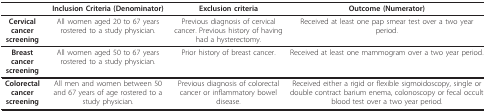
<table><thead><tr><td></td><td><b>Inclusion Criteria (Denominator)</b></td><td><b>Exclusion criteria</b></td><td><b>Outcome (Numerator)</b></td></tr></thead><tbody><tr><td><b>Cervical cancer screening</b></td><td>All women aged 20 to 67 years rostered to a study physician.</td><td>Previous diagnosis of cervical cancer. Previous history of having had a hysterectomy.</td><td>Received at least one pap smear test over a two year period.</td></tr><tr><td><b>Breast cancer screening</b></td><td>All women aged 50 to 67 years rostered to a study physician.</td><td>Prior history of breast cancer.</td><td>Received at least one mammogram over a two year period.</td></tr><tr><td><b>Colorectal cancer screening</b></td><td>All men and women between 50 and 67 years of age rostered to a study physician.</td><td>Previous diagnosis of colorectal cancer or inflammatory bowel disease.</td><td>Received either a rigid or flexible sigmoidoscopy, single or double contract barium enema, colonoscopy or fecal occult blood test over a two year period.</td></tr></tbody></table>